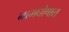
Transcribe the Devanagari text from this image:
नामघोषात